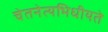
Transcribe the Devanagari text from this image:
चेतनेत्यभिधीयते